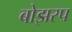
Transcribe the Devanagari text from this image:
बोझरप